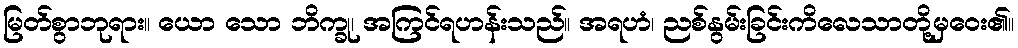
မြတ်စွာဘုရား။ ယော သော ဘိက္ခု၊ အကြင်ရဟန်းသည်။ အရဟံ၊ ညစ်နွမ်းခြင်းကိလေသာတို့မှဝေး၏။